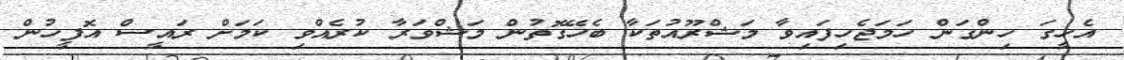
އެހީގަ ހިންގަން ހަމަޖެހިފައިވާ މަޝްރޫއުތަކާ ބެހޭގޮތުން މަޝްވަރާ ކުރެއްވި ކަމަށް ރައީސް އޮފީހުން